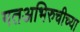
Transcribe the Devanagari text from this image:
गतअभिरुचीच्या